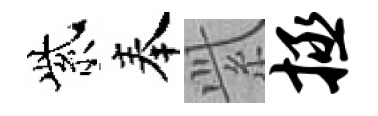
紫奉𬗋拯